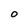
Character: O